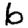
Digit: 6